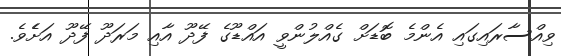
ވިއްސާރައިގައި އެންމެ ބޮޑަށް ގެއްލުންވީ އައްޑޫގެ ފޭދޫ އާއި މަރަދޫ ފޭދޫ އަށެެވެ.